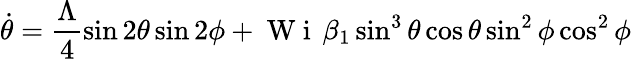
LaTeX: \dot{\theta}=\frac{\Lambda}{4}\sin 2\theta\sin 2\phi+\mathrm{~W~i~}\, \beta_{1}\sin^{3}\theta\cos\theta\sin^{2}\phi\cos^{2}\phi